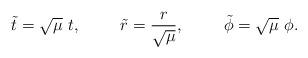
LaTeX: \begin{align*}\tilde{t}=\sqrt{\mu} ~t, \hspace{10mm} \tilde{r}=\frac{r}{\sqrt{\mu}}, \hspace{10mm} \tilde{\phi}=\sqrt{\mu} ~\phi.\end{align*}